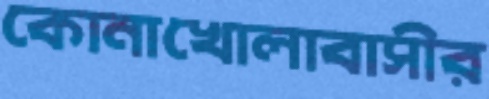
কোনাখোলাবাসীর